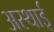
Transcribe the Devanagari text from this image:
अस्‍थाई